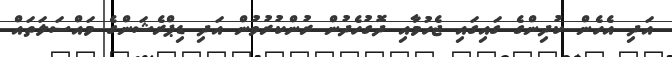
އަދި އެހެން ކުދިންގެ ގައިގައި ޖެހުމާއި ދޮގުހެދުން ރުންކުރުވުން އަދި ޑިޕްރެޝަންގެ މައްސަލަތައް